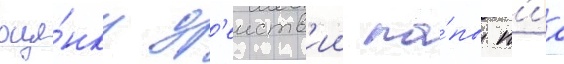
оце́нку д'еиств'ии па́пы п'иа